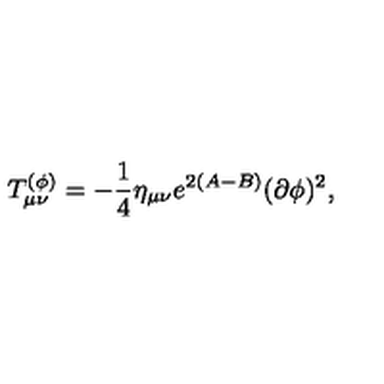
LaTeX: T _ { \mu \nu } ^ { ( \phi ) } = - { \frac { 1 } { 4 } } \eta _ { \mu \nu } e ^ { 2 ( A - B ) } ( \partial \phi ) ^ { 2 } ,